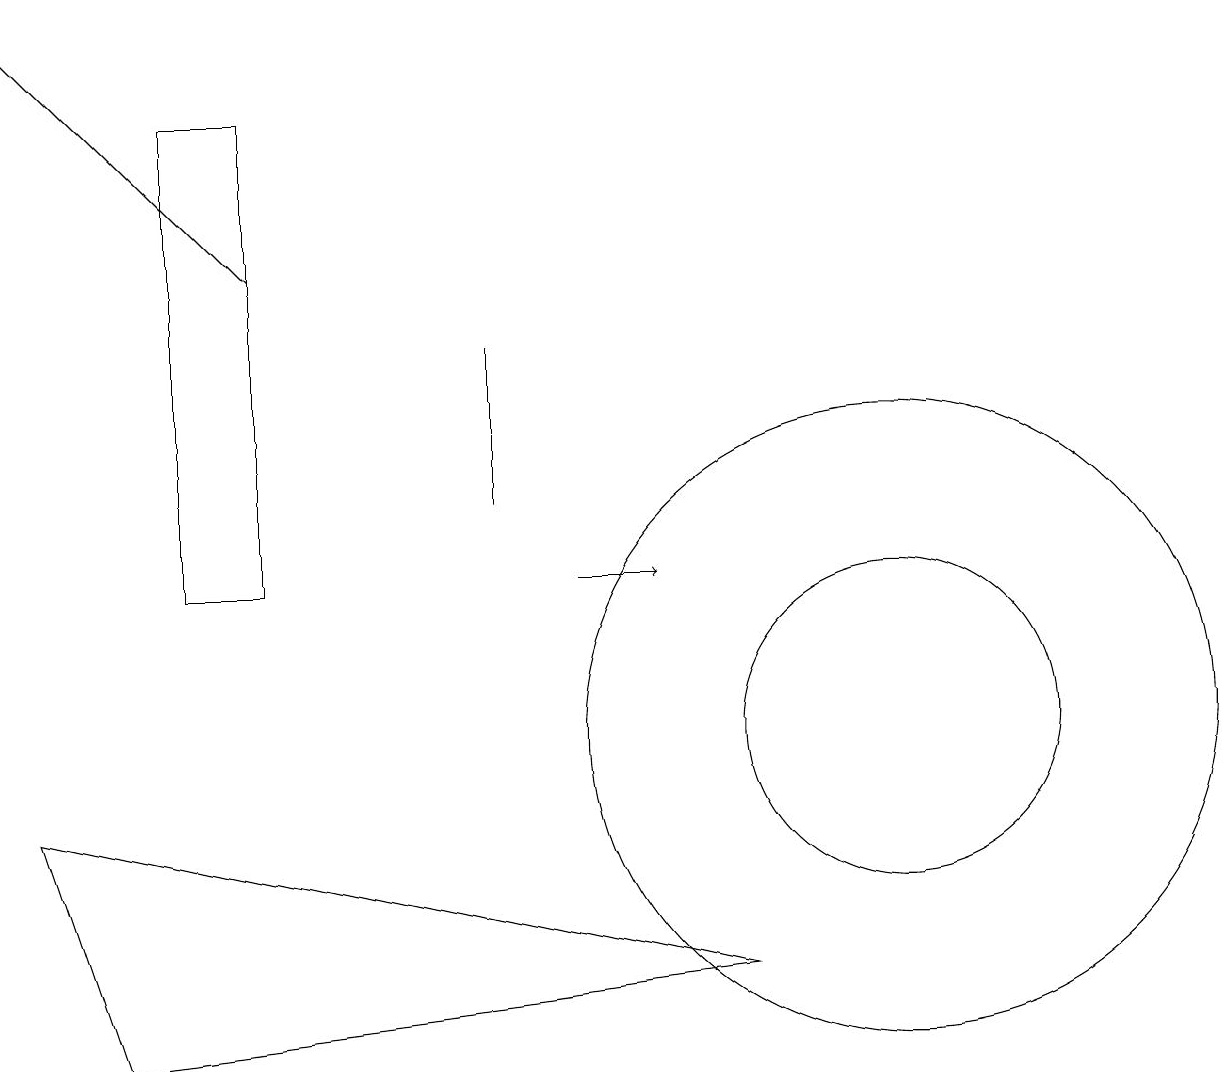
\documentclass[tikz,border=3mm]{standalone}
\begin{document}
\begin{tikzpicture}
\draw (2,18) rectangle (3,12);
\draw (11,10) circle (4);
\draw (6,15) rectangle (6,13);
\draw[->] (7,12) -- (8,12);
\draw (0,9) -- (9,7) -- (1,6) -- cycle;
\draw (2,16) rectangle (2,17);
\draw (11,10) circle (2);
\draw[->] (3,16) -- (0,19);
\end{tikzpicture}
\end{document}